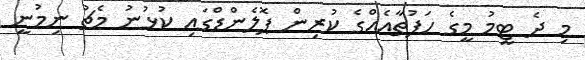
މި ދެ ޓީމު މީގެ ހަފުތާއެއްގެ ކުރިން ޕޮލެންޑްގައި ކުޅުނު މެޗު ނިމުނީ